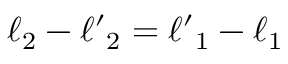
\ell _ { 2 } - { \ell ^ { \prime } } _ { 2 } = { \ell ^ { \prime } } _ { 1 } - \ell _ { 1 }